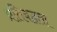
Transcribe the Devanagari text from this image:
प्रतिबद्घता